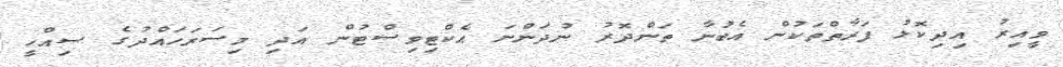
ވީއިރު އިދިކޮޅު ފަރާތްތަކުން އެބުނާ ތަންދޮރު ނުދަންނަ އެކްޓިވިސްޓުން އަދި މިސަރަހައްދުގެ ސިއްހީ